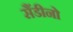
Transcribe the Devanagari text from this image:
सैंडीनो